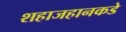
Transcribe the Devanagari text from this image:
शहाजहानकडे